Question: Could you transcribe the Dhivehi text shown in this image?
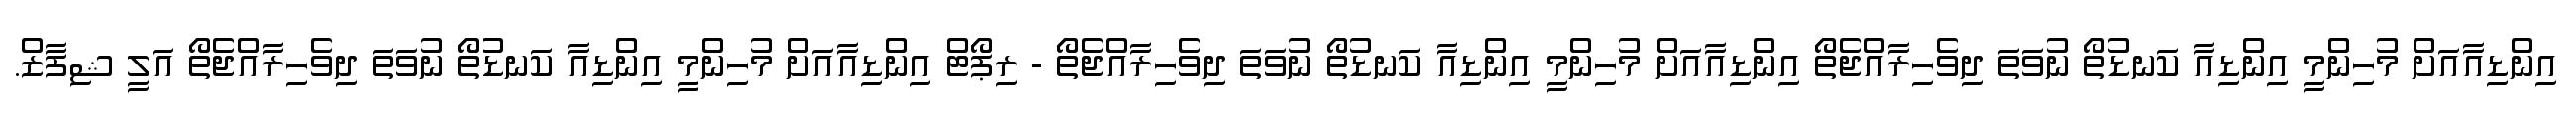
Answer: އިންޑިއާއަށް މުހިންމީ އިންޑިއާ ކަނޑުތޯ ނުވަތަ ދިވެހިރާއްޖެތޯ އިންޑިއާއަށް މުހިންމީ އިންޑިއާ ކަނޑުތޯ ނުވަތަ ދިވެހިރާއްޖެތޯ - ރިޕޯޓް އިންޑިއާއަށް މުހިންމީ އިންޑިއާ ކަނޑުތޯ ނުވަތަ ދިވެހިރާއްޖެތޯ އަލީ ޝިފާޒް.